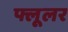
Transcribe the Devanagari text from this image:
फ्लूलर